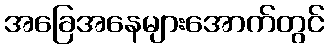
အခြေအနေများအောက်တွင်